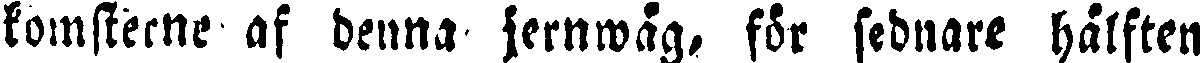
komsterne af denna jernwäg, för sednare hälften